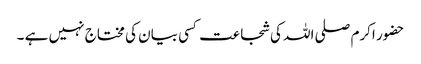
حضور اکرم صلی اللہ کی شجاعت کسی بیان کی مختاج نہیں ہے ۔